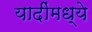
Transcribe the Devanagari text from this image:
यादींमध्ये